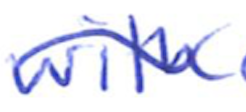
Text: with
Cross-out: mix
Writing tool: ballpoint